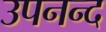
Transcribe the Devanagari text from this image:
उपनन्द